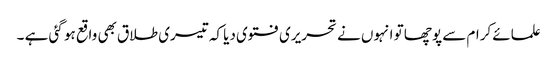
علمائے کرام سے پوچھا تو انہوں نے تحریری فتوی دیا کہ تیسری طلاق بھی واقع ہو گئی ہے ۔